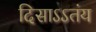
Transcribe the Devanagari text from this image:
दिसाऽऽतंय